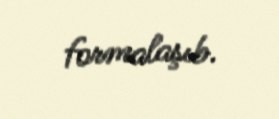
formalaşıb.